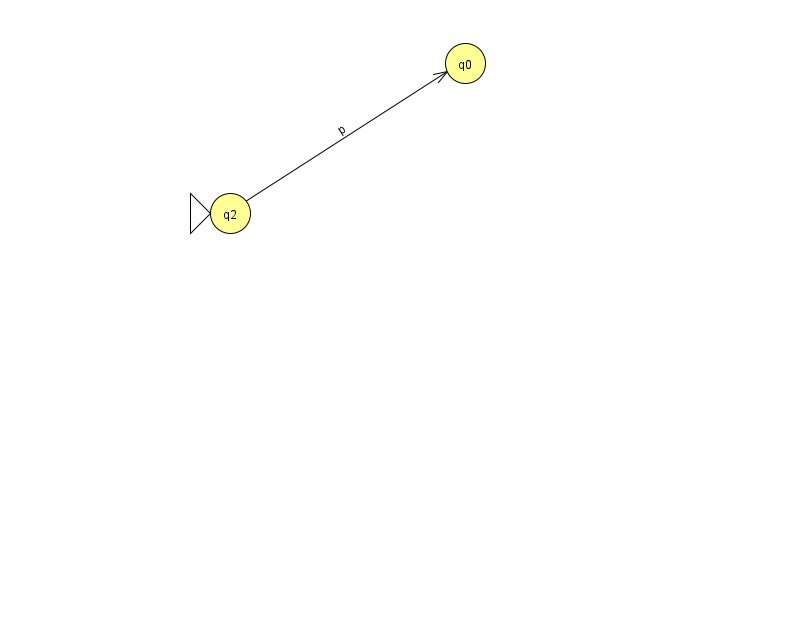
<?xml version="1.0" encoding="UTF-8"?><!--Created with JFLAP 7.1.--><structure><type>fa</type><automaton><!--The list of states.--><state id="0" name="q0"><x>465.0</x><y>50.0</y></state><state id="2" name="q2"><x>230.0</x><y>200.0</y><initial/></state><!--The list of transitions.--><transition><from>2</from><to>0</to><read>p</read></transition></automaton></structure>